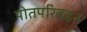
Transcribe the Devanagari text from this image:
पोतपरिवहन